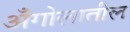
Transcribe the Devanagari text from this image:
अँगोलातील